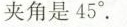
夹角是45 °.